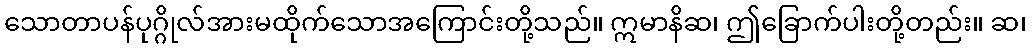
သောတာပန်ပုဂ္ဂိုလ်အားမထိုက်သောအကြောင်းတို့သည်။ ဣမာနိဆ၊ ဤခြောက်ပါးတို့တည်း။ ဆ၊